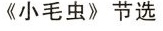
《小毛虫》节选